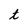
Character: t